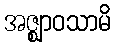
အဇ္ဈာဝသာမိ